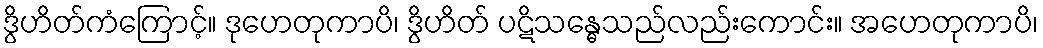
ဒွိဟိတ်ကံကြောင့်။ ဒုဟေတုကာပိ၊ ဒွိဟိတ် ပဋိသန္ဓေသည်လည်းကောင်း။ အဟေတုကာပိ၊